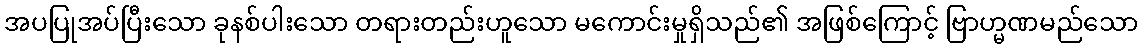
အပပြုအပ်ပြီးသော ခုနစ်ပါးသော တရားတည်းဟူသော မကောင်းမှုရှိသည်၏ အဖြစ်ကြောင့် ဗြာဟ္မဏမည်သော